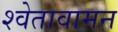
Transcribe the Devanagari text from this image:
श्वेतावामन